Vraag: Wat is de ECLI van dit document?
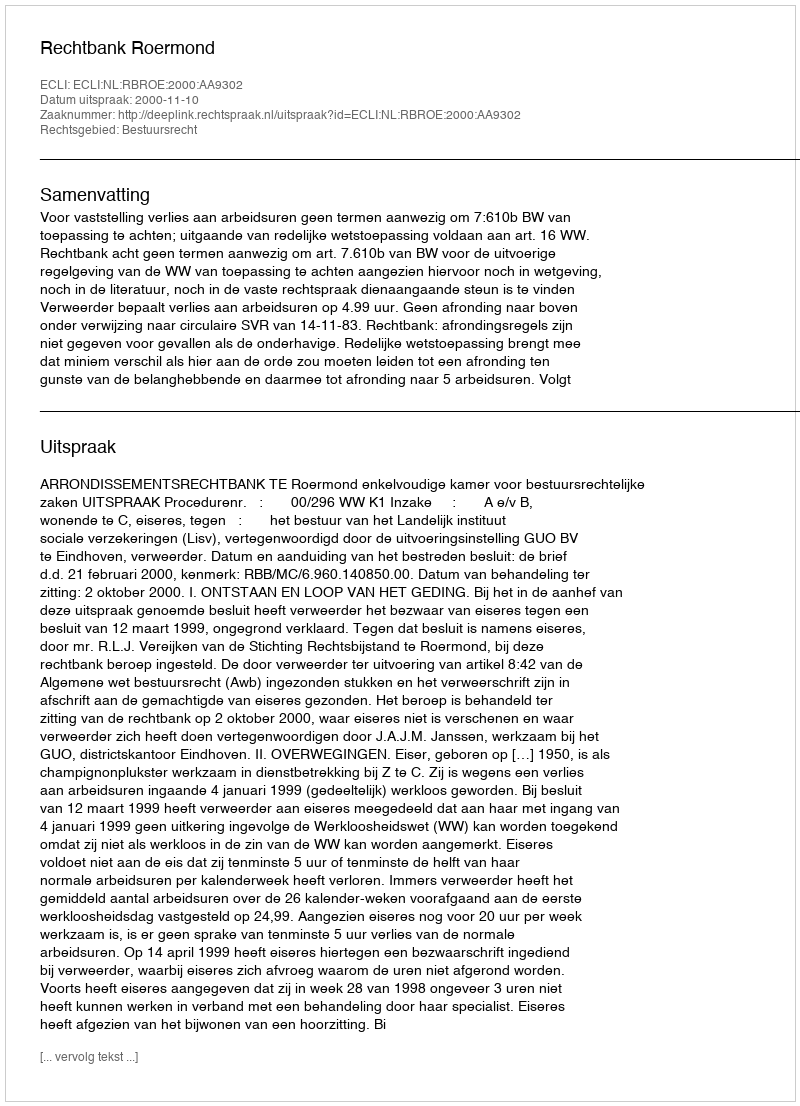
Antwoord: ECLI:NL:RBROE:2000:AA9302